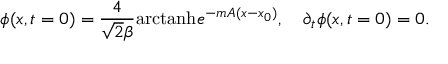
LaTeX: \phi ( x , t = 0 ) = { \frac { 4 } { \sqrt 2 \beta } } \mathrm { a r c t a n h } e ^ { - m A ( x - x _ { 0 } ) } , \quad \partial _ { t } \phi ( x , t = 0 ) = 0 .